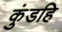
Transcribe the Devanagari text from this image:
कुंडहि